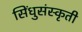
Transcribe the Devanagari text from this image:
सिंधुसंस्कृती